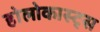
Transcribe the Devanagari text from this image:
होलोकास्ट्स